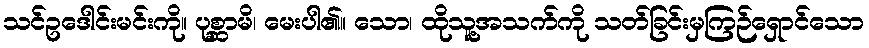
သင်ဥဒေါင်းမင်းကို။ ပုစ္ဆာမိ၊ မေးပါ၏။ သော၊ ထိုသူ့အသက်ကို သတ်ခြင်းမှကြဉ်ရှောင်သော